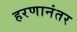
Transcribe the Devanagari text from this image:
हरणानंतर